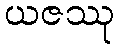
ယဇဿု